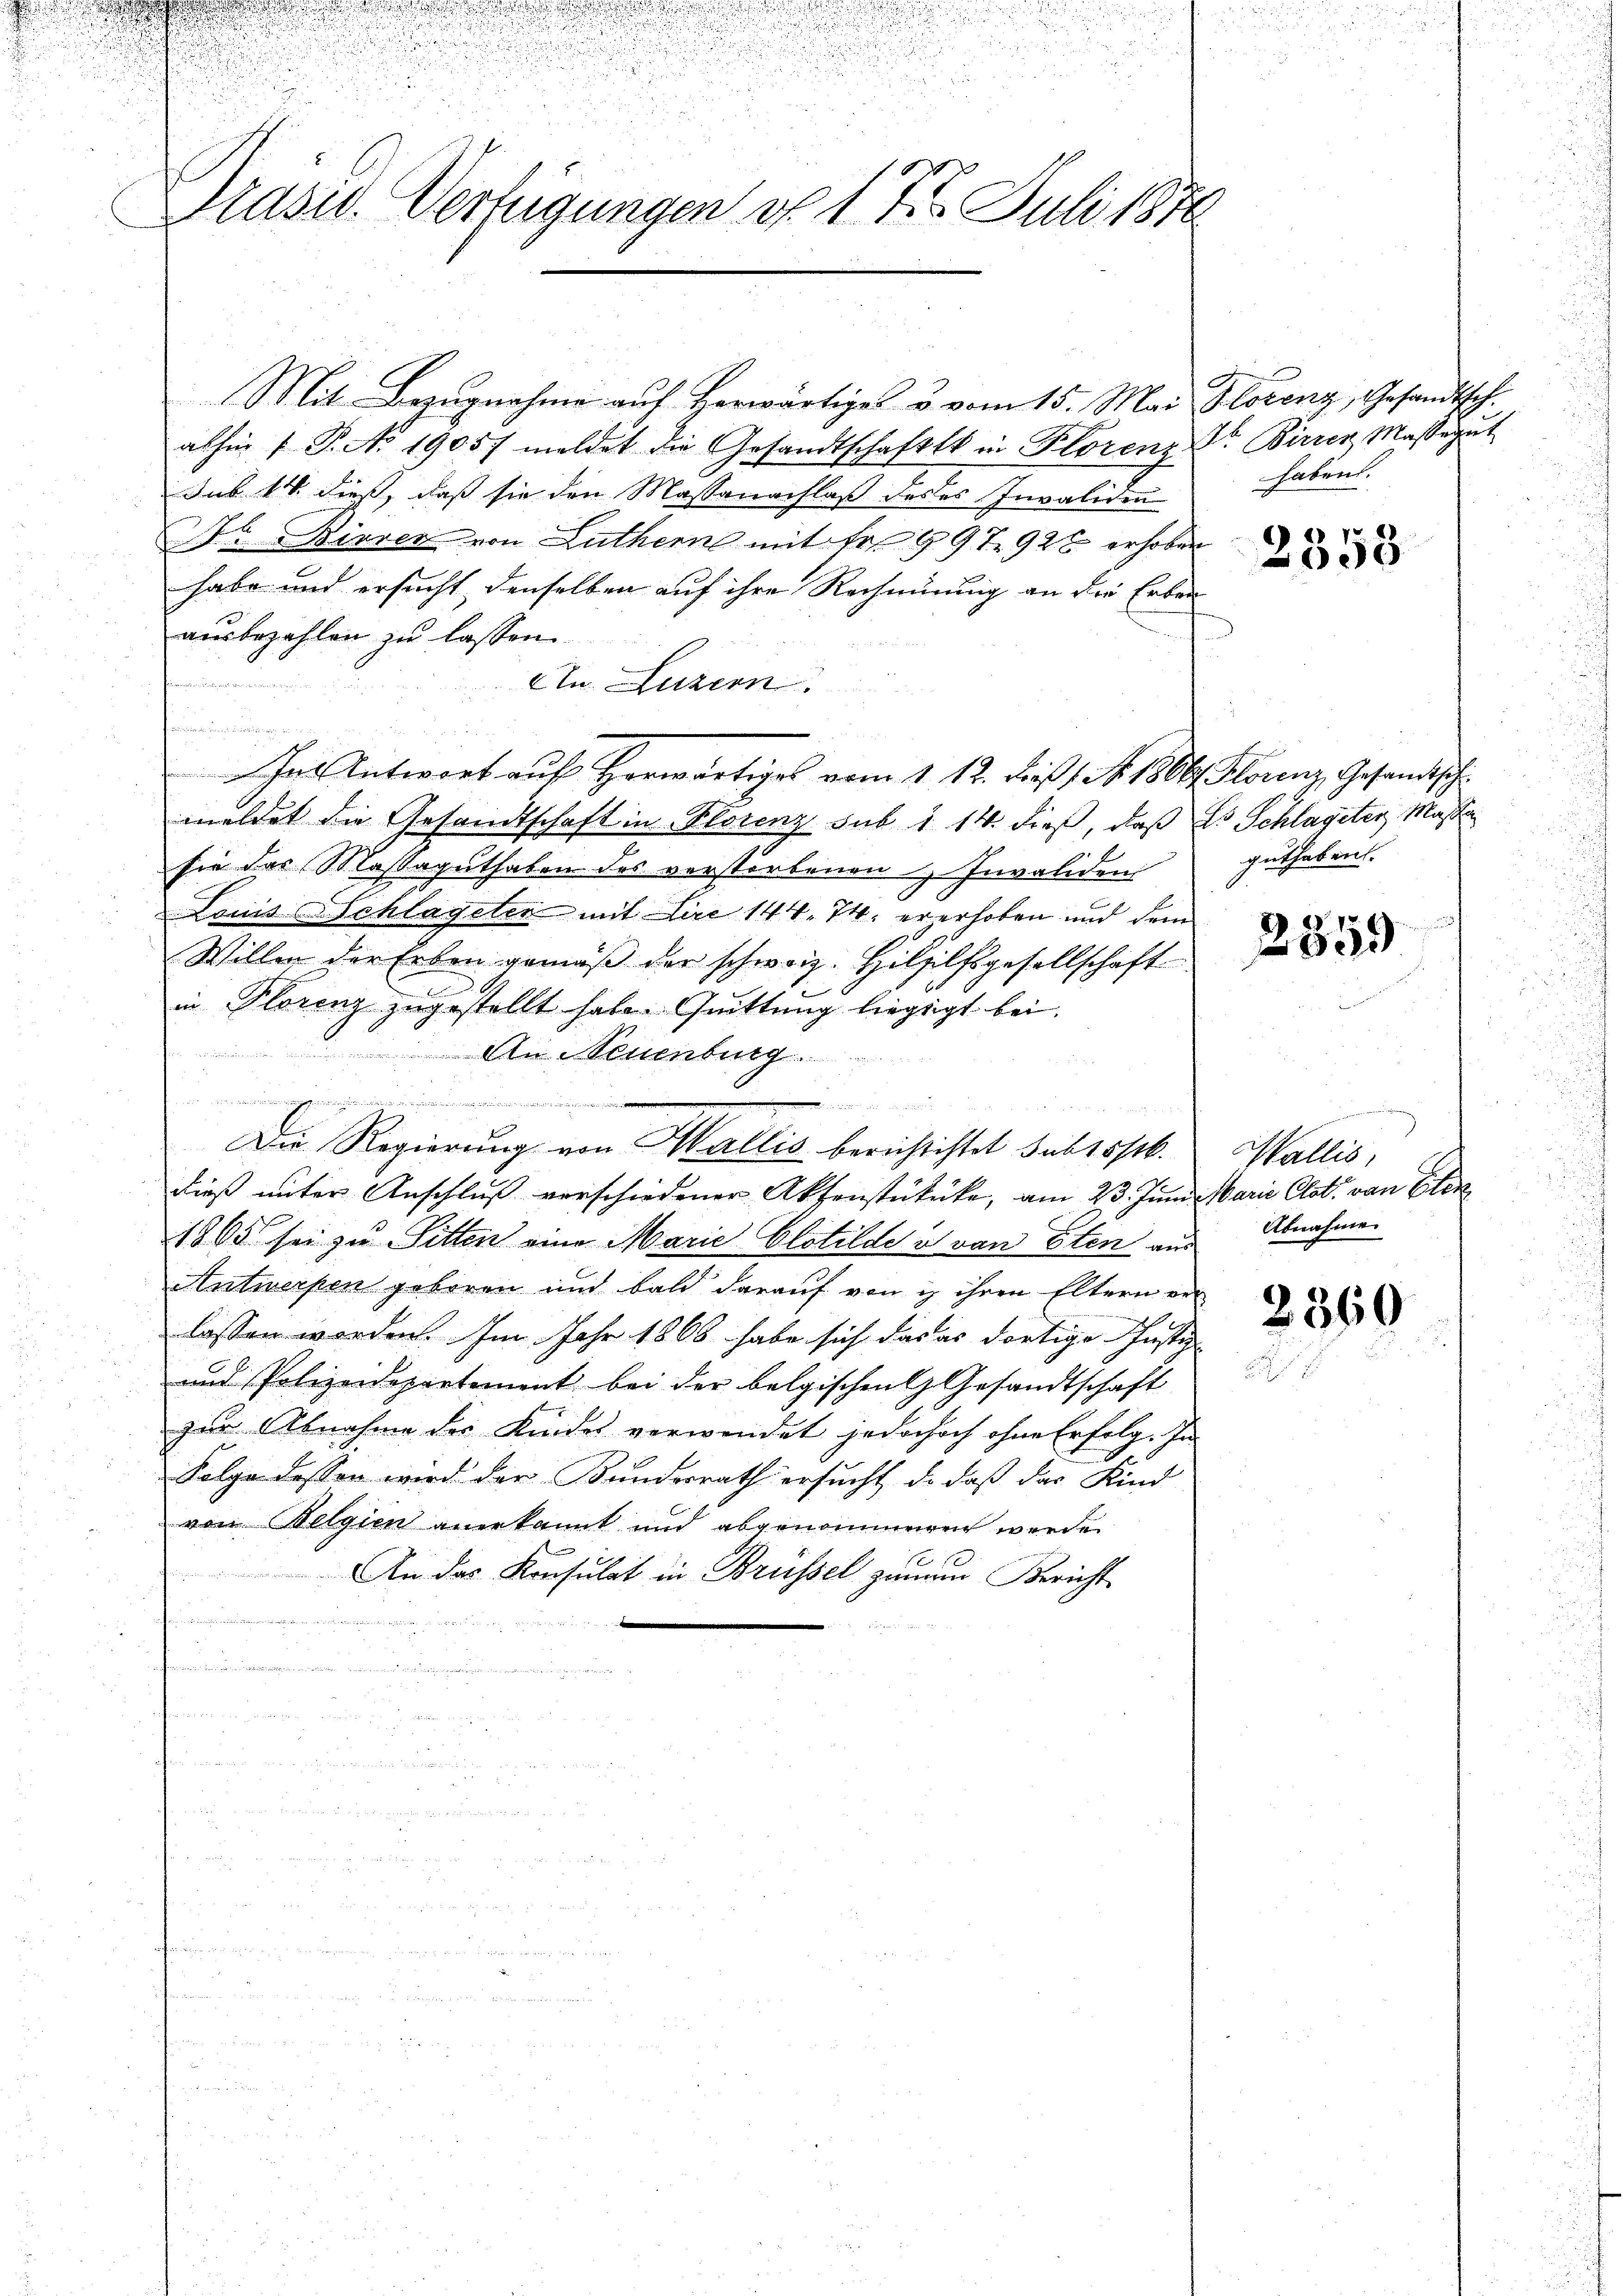
u
.

2

u
id
i
Prasiv. Verfügungen d. 17. Juli 1876

Mit Bezugnahme auf Herwärtiges & vom 15. Mai Plotenz, Gesandtsch.
abhin 1 P. No 19057 meldet die Gesandtschaft in Florenz Dr. Birrer Massegŭt
Sub 14. dieß, daß sie den Massanachlaß des es Invaliden
Dr. Bieren von Luthern mit Fr. 997 928 erhoben
habe und ersucht denselben auf ihre Rechnung an die Erben
ausbezahlen zu lassen.
würden die die wi
An Luzern.
t
meldet die Gesandtschaft in Florenz sub 1 14. dieß, daß es Schlageter Masse
sie das Massaguthaben des verstorbenen & Invaliden
Lauis Schlageler mit Lire 144. 74. er erhoben und dem
Willen der Erben gemäß der schweiz. Hilzilfsgesellschaft
in Florenz zugestellt habe. Quittung liegegt bei.

An Neuenburg.
.

482
Der Regierung von Wallis berichtistet sub 15/6.
dieß unter Anschluß verschiedener Aktenstüküke, am 23. Juni Marie Clst. von Elen¬
1865 sei zu Sitten eine Marie Clotilde v. von Elen aus Abnahme
Antwerpen geboren und bald darauf von ich ihren Eltern ver
lassen worden. Im Jahr 1868 habe sich das es dortige Justiz-
und Polizeidepartement bei der belgischen Gesandtschaft
zur Abnahme des Kindes verwendet, jedochoch ohne Erfolg. In
Folge dessen wird der Bundesrath ersucht, da daß das Kind
von Belgien anerkannt und abgenommenen werden
1
An das Konsulat in Brüssel zumen Bericht

Jas Antwort auf herwärtiges vom 1. 12. Daß 1. No. 1806. Florenz, Gesandtsch

haben.

2358

guthaben.

2359

¬
Wallis,

2360